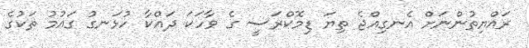
ރައްޔިތުންނަށް އެނގިއްޖެ ތިޔަ ޑިމޮކްރަސީ ގެ ވާހަކަ ދައްކާ ހުޅަނގު ގައުުމު ތަކުގެ